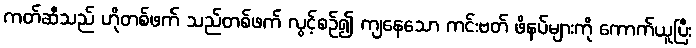
ကတ်ဆီသည် ဟိုတစ်ဖက် သည်တစ်ဖက် လွင့်စဉ်၍ ကျနေသော ကင်းဗတ် ဖိနပ်များကို ကောက်ယူပြီး